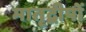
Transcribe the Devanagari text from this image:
मातृद्वीपों